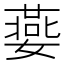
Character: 嬊